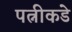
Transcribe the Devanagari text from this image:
पत्नीकडे